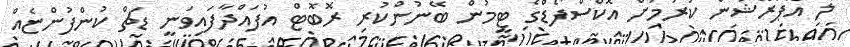
ލޯ އޮޕަރޭޝަން ކުރުމަށް އޮކްސްފޯޑްގެ ޓީމުން ބޭނުންކުރި ރޮބޮޓް އުފައްދާފައިވަނީ ޑަޗް ކުންފުންޏެއް